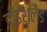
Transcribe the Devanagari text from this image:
डॉइशलैंड